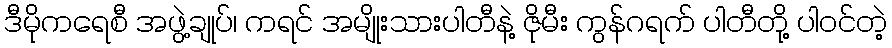
ဒီမိုကရေစီ အဖွဲ့ချုပ်၊ ကရင် အမျိုးသားပါတီနဲ့ ဇိုမီး ကွန်ဂရက် ပါတီတို့ ပါဝင်တဲ့